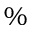
\%